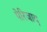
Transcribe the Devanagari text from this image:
पेरिजाद